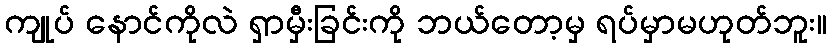
ကျုပ် နောင်ကိုလဲ ရှာမှီးခြင်းကို ဘယ်တော့မှ ရပ်မှာမဟုတ်ဘူး။